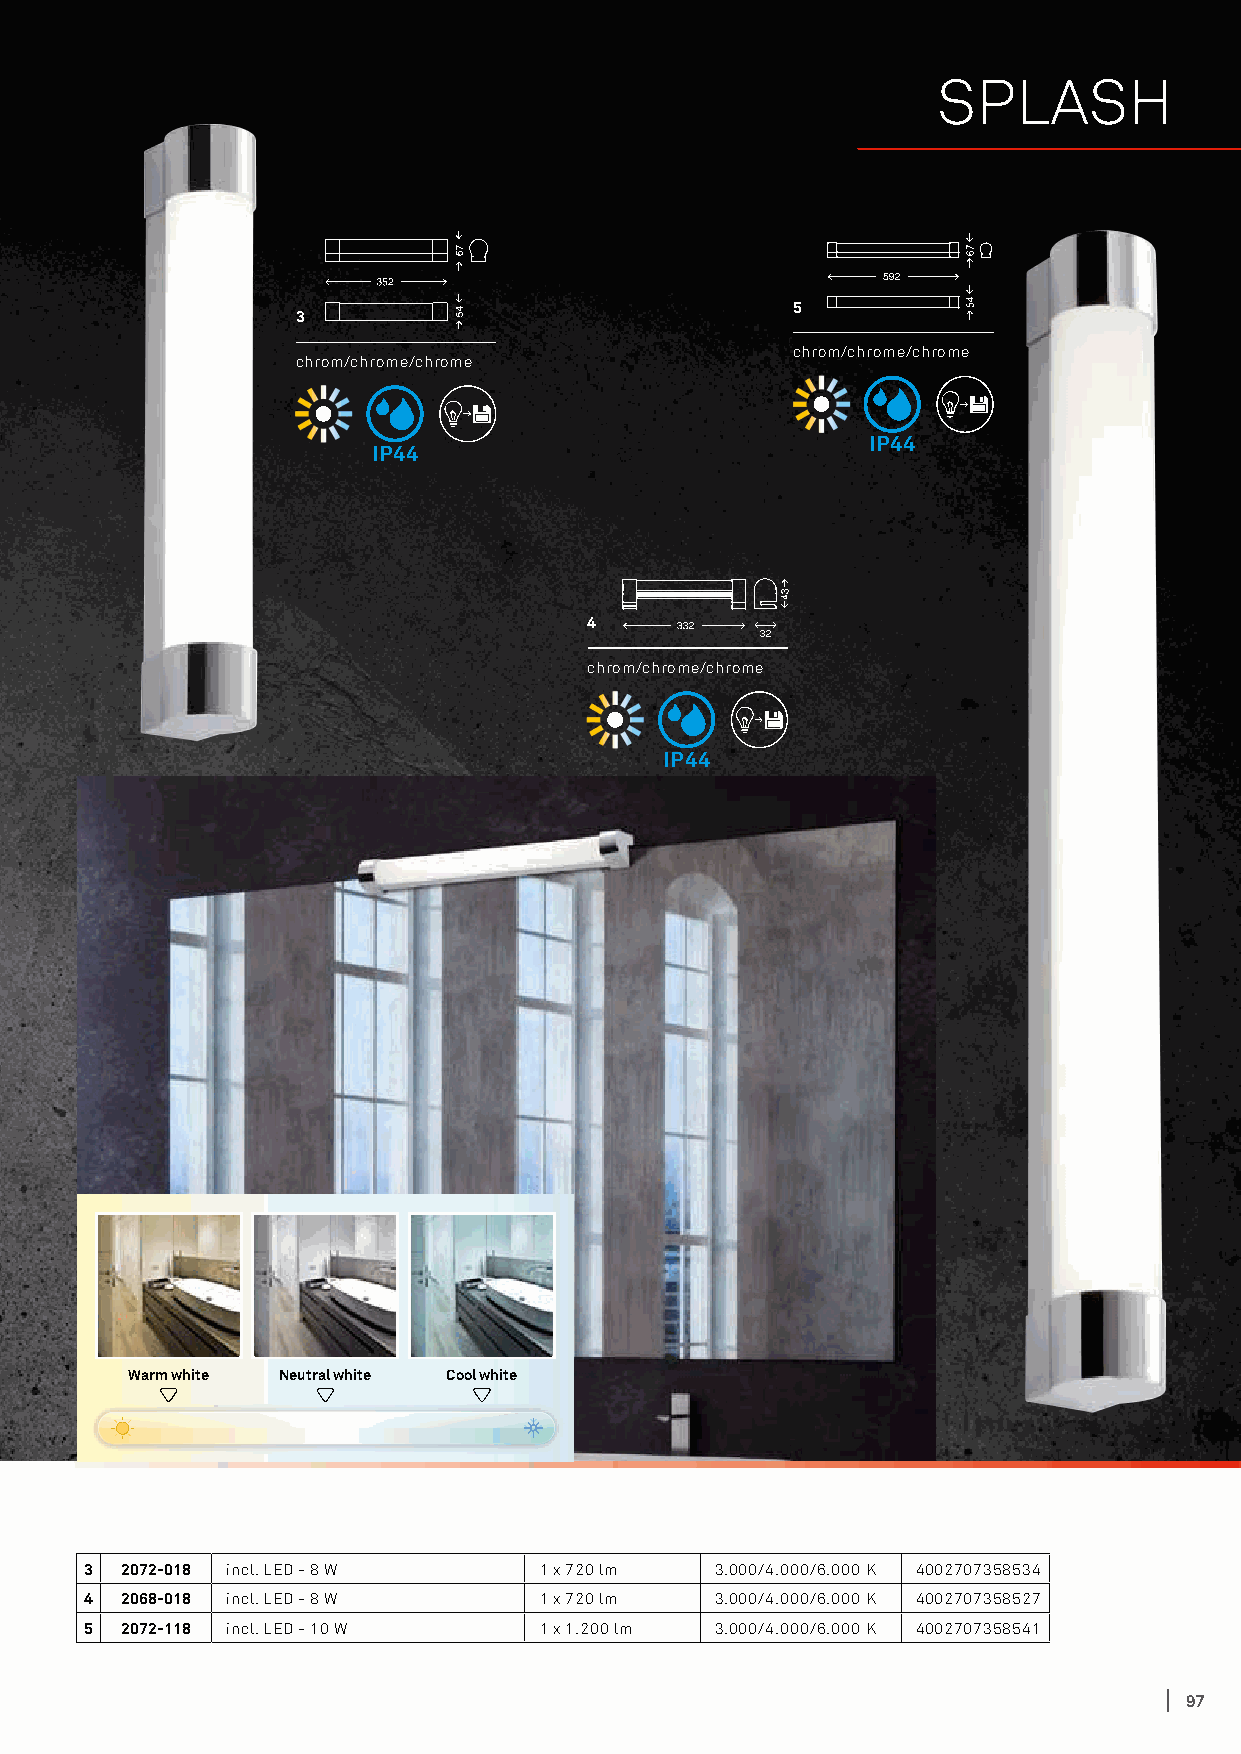
SPLASH
 5
 3
 chrom/chrome/chrome
 chrom/chrome/chrome
 IP44
 IP44
 4
 chrom/chrome/chrome
 IP44
 Warm white Neutral white Cool white
 3 2072-018 incl. LED - 8 W    1 x 720 lm 3.000/4.000/6.000 K 4002707358534
 4 2068-018 incl. LED - 8 W    1 x 720 lm 3.000/4.000/6.000 K 4002707358527
 5 2072-118 incl. LED - 10 W   1 x 1.200 lm 3.000/4.000/6.000 K 4002707358541
 97